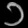
Digit: ၁